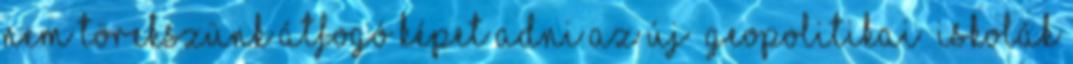
nem törekszünk átfogó képet adni az új „geopolitikai” iskolák